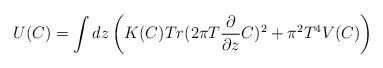
LaTeX: \begin{align*}U(C)= \int dz\left( K(C)Tr(2\pi T{\partial\over {\partial z}}C)^2 +\pi^2 T^4 V(C)\right)\end{align*}